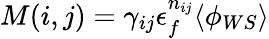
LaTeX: M(i,j)=\gamma_{ij}\epsilon_{f}^{n_{ij}}\langle\phi_{WS}\rangle